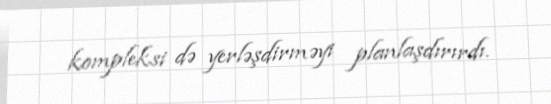
kompleksi də yerləşdirməyi planlaşdırırdı.